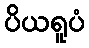
ပိယရူပံ